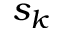
s _ { k }